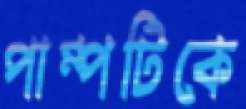
পাম্পটিকে